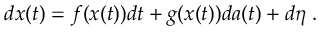
\begin{array} { r } { d x ( t ) = f ( x ( t ) ) d t + g ( x ( t ) ) d a ( t ) + d \eta \; . } \end{array}